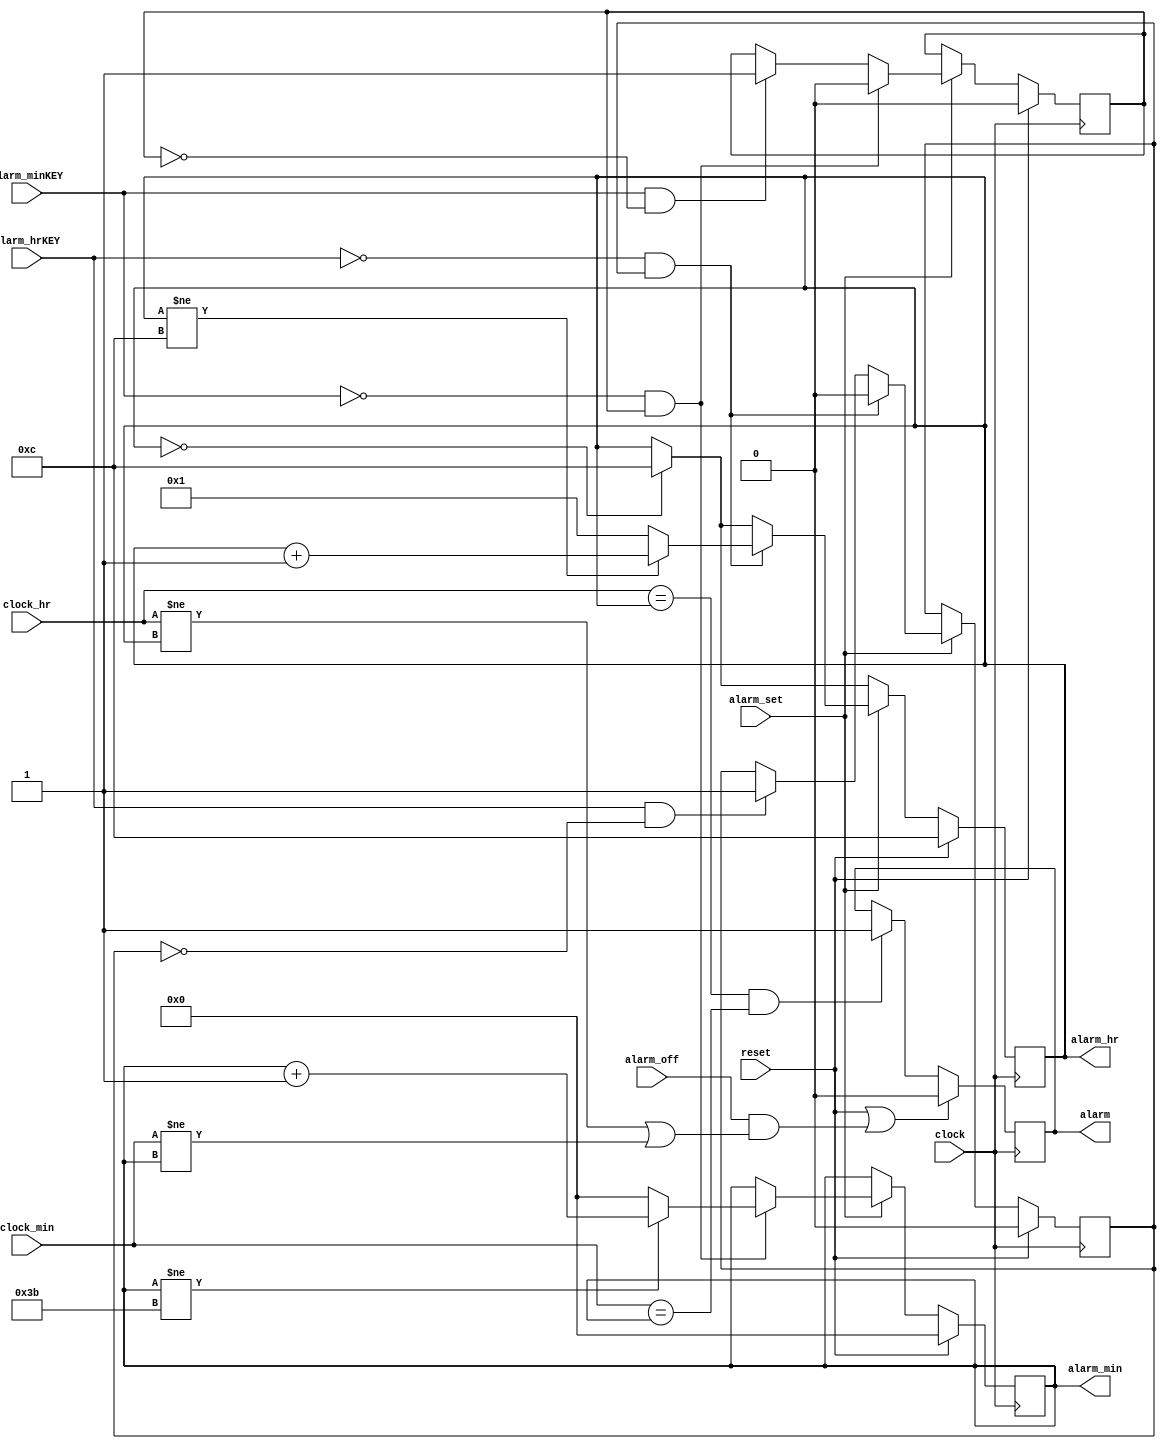
module alarm(
    input clock,
    input reset,

	 input alarm_set,
    input alarm_hrKEY,
    input alarm_minKEY,

    input [3:0] clock_hr,
    input [5:0] clock_min,

    input alarm_off,

    output reg [3:0] alarm_hr,
    output reg [5:0] alarm_min,
    output reg alarm
);


reg hrkeyHIGH;      //measures when key has been pressed vs held (ensures only one increment per press)
reg minkeyHIGH;     //measures when key has been pressed vs held (ensures only one increment per press)


always@(posedge clock) begin
	 if (alarm_hr == 0)
		alarm_hr <= 4'd12;

    if (reset) begin
        alarm_hr <= 4'd12;	//resets to 12:00
        alarm_min <= 6'b0;
        hrkeyHIGH <= 0;
        minkeyHIGH <= 0;
    end
    else if (alarm_set) begin
        if (alarm_hrKEY && !hrkeyHIGH)
            hrkeyHIGH <= 1;
        if (alarm_minKEY && !minkeyHIGH)
            minkeyHIGH <= 1;

        if (!alarm_hrKEY && hrkeyHIGH) begin
            if (alarm_hr != 4'd12)
                alarm_hr <= alarm_hr + 1;
            else 
                alarm_hr <= 4'b1;
            hrkeyHIGH <= 0;
        end

        if (!alarm_minKEY && minkeyHIGH) begin
            if (alarm_min != 6'd59)
                alarm_min <= alarm_min + 1;   
            else 
                alarm_min <= 6'b0;
            minkeyHIGH <= 0;
        end
    end
end

//alarm condition (Set reset block)
always@(posedge clock) begin
    if (reset || ( alarm_off && 
			((clock_hr != alarm_hr) || (clock_min != alarm_min))))
        alarm <= 1'b0;
    else if ((clock_hr == alarm_hr) && (clock_min == alarm_min))
        alarm <= 1'b1;
end

endmodule